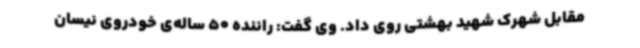
مقابل شهرک شهید بهشتی روی داد. وی گفت: راننده 50 ساله‌ی خودروی نیسان